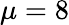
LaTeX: \mu=8